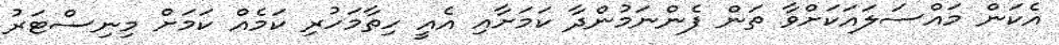
އެކަން މައްސަލައަކަށްވާ ތަން ފެންނަމުންދާ ކަމަށާއި އެއީ ހިތާމަހުރި ކަމެއް ކަމަށް މިނިސްޓަރު